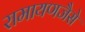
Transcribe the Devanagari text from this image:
रामायणजैसे